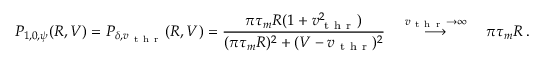
P _ { 1 , 0 , \psi } ( R , V ) = P _ { \delta , v _ { \mathrm { ~ t ~ h ~ r ~ } } } ( R , V ) = \frac { \pi \tau _ { m } R ( 1 + v _ { \mathrm { ~ t ~ h ~ r ~ } } ^ { 2 } ) } { ( \pi \tau _ { m } R ) ^ { 2 } + ( V - v _ { \mathrm { ~ t ~ h ~ r ~ } } ) ^ { 2 } } \quad \stackrel { v _ { \mathrm { ~ t ~ h ~ r ~ } } \to \infty } { \longrightarrow } \quad \pi \tau _ { m } R \, .